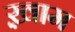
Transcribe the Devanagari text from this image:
ख़़ाम